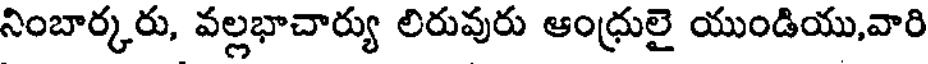
నింబార్కరు, వల్లభాచార్యు లిరువురు ఆంధ్రులై యుండియు,వారి